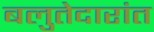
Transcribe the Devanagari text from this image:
बलुतेदारांत